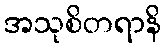
အသုစိတရာနိ